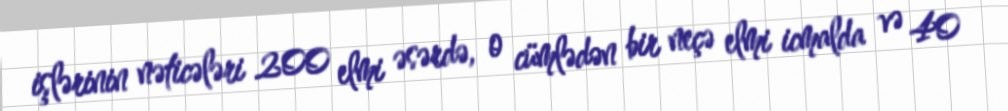
işlərinin nəticələri 200 elmi əsərdə, o cümlədən bir neçə elmi icmalda və 40